Medical and sanitary report of the native army of Bengal for the year
Year: 1874
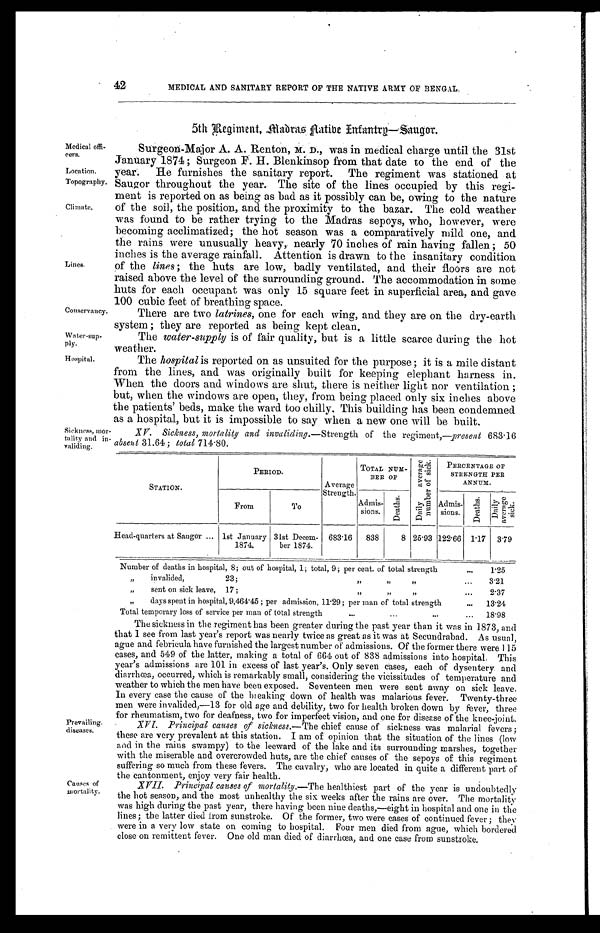
42
MEDICAL AND SANITARY REPORT OF THE NATIVE ARMY OF BENGAL.
5th Regiment, Madras Native Infantry—Saugor.
Medical offi
-
cers.
Location.
Topography.
Climate.
Lines.
Conservancy.
water-sup -ply.
Hospital.
Sickness, mor
-
tality and in
-
validing.
Surgeon-Major A. A. Renton, M. D., was in medical charge until the 31st
January 1874 ; Surgeon F. H. Blenkinsop from that date to the end of the
year. He furnishes the sanitary report. The regiment was stationed at
Saugor throughout the year. The site of the lines occupied by this regi
-
ment is reported on as being as bad as it possibly can be, owing to the nature
of the soil, the position, and the proximity to the bazar. The cold weather
was found to be rather trying to the Madras sepoys, who, however, were
becoming acclimatized; the hot season was a comparatively mild one, and
the rains were unusually heavy, nearly 70 inches of rain having fallen ; 50
inches is the average rainfall. Attention is drawn to the insanitary condition
of the lines; the huts are low, badly ventilated, and their floors are not
raised above the level of the surrounding ground. The accommodation in some
huts for each occupant was only 15 square feet in superficial area, and gave
100 cubic feet of breathing space.
There are two latrines, one for each wing, and they are on the dry-earth
system ; they are reported as being kept clean.
The water-supply is of fair quality, but is a little scarce during the hot
weather.
The hospital is reported on as unsuited for the purpose ; it is a mile distant
from the lines, and was originally built for keeping elephant harness in.
When the doors and windows are shut, there is neither light nor ventilation ;
but, when the windows are open, they, from being placed only six inches above
the patients' beds, make the ward too chilly. This building has been condemned
as a hospital, but it is impossible to say when a new one will be built.
XV. Sickness, mortality and invaliding. —Strength of the regiment, —present 683.16
absent 31.64 ; total 714.80.
STATION.
PERIOD.
A v e r a g e S t r e n g t h .
TOTAL NUM-BER OF
Dai l y aver age number of si ck.
PERCENTAGE OF
S T R E N G T H P E R A N N U M .
From
To
A d m i s - s i o n s .
Deaths.
Admis-sions. Deaths.
D a i l y a v e r a g e s i c k .
Head-quarters at Saugor . . . 1st January 1874. 31st Decem-ber 1874.
6 8 3 . 1 6
8 3 8
8
2 5 . 9 3
122.66 1.17
3 . 7 9
Number of deaths in hospital, 8; out of hospital, 1; total, 9; per cent. of total strength . . .
1.25
" invalided, 23 ; " " " . . .
3.21
" sent on sick leave, 17 ; " " " . . .
2.37
" days spent in hospital, 9,464.45 ; per admission, 11.29; per man of total strength . . .
13.24
T o t a l t e m p o r a r y l o s s o f s e r v i c e p e r m a n o f t o t a l s t r e n g t h . . .
18.98
Prevailing.
diseases.
Causes of
mortality.
The sickness in the regiment has been greater during the past year than it was in 1873, and
that I see from last year's report was nearly twice as great as it was at Secundrabad. As usual,
ague and febricula have furnished the largest number of admissions. Of the former there were 115
cases, and 549 of the latter, making a total of 664 out of 838 admissions into hospital. This
year's admissions are 101 in excess of last year's. Only seven cases, each of dysentery. and
diarrhœa, occurred, which is remarkably small, considering the vicissitudes of temperature and
weather to which the men have been exposed. Seventeen men were sent away on sick leave.
In every case the cause of the breaking down of health was malarious fever. Twenty-three
men were invalided,—13 for old age and debility, two for health broken down by Fever, three
for rheumatism, two for deafness, two for imperfect vision, and one for disease of the knee-joint.
Principal causes of sickness.—The chief cause of sickness was malarial fevers;
these are very prevalent at this station. I am of opinion that the situation of the lines (low
and in the rains swampy) to the leeward of the lake and its surrounding marshes, together
with the miserable and overcrowded huts, are the chief causes of the sepoys of this regiment
suffering so much from these fevers. The cavalry, who are located in quite a different part of
the cantonment, enjoy very fair health.
XVII.
Principal causes of mortality. —The healthiest part of the year is undoubtedly
the hot season, and the most unhealthy the six weeks after the rains are over. The mortality
was high during the past year, there having been nine deaths,—eight in hospital and one in the
lines ; the latter died from sunstroke. Of the former, two were cases of continued fever ; they
were in a very low state on coining to hospital. Four men died from ague, which bordered
close on remittent fever. One old man died of diarrhœa, and one case from sunstroke.